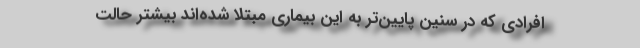
افرادی که در سنین پایین‌تر به این بیماری مبتلا شده‌اند بیشتر حالت